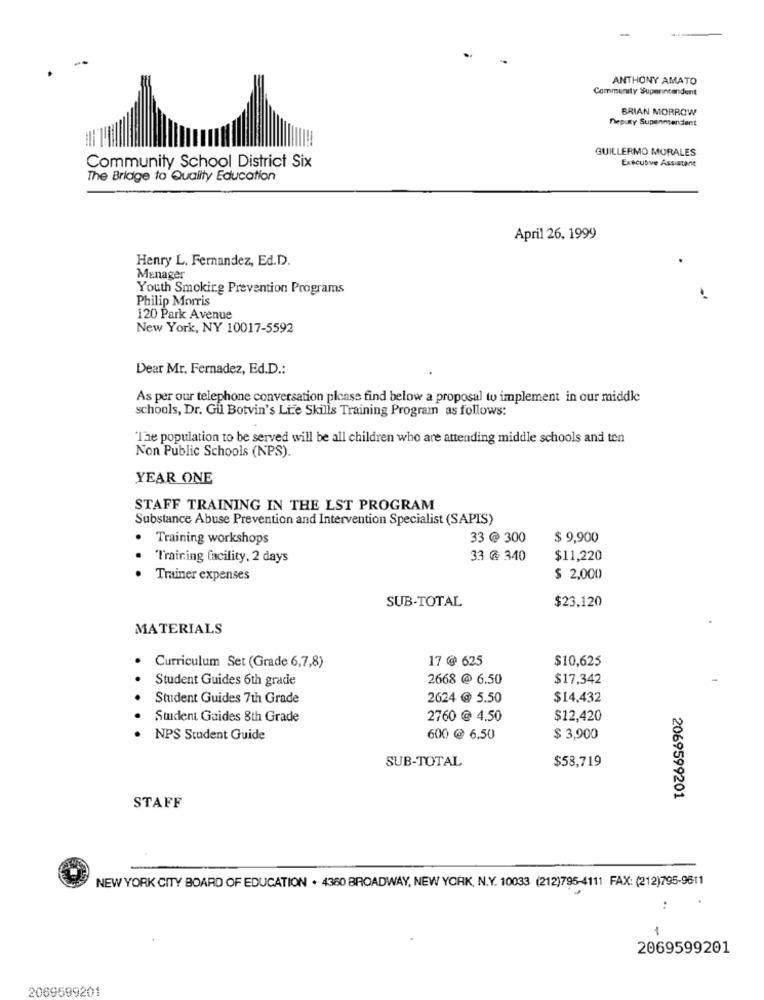
ANTHONY AMATO
Community Superintendent
BRIAN MORROW
Deputy Supennendient
GUILLERMO MORALES
Executive Assistant
Community School District Six
The Bridge to Quality Education
April 26, 1999
Henry L. Fernandez, Ed.D.
Manager
Youth Smoking Prevention Programs
Philip Morris
120 Park Avenue
New York, NY 10017-5592
Dear Mr. Fernadez, Ed.D .:
As per our telephone conversation please find below a proposal to implement in our middle
schools, Dr. Gil Botvin's Life Skills Training Program as follows:
The population to be served will be all children who are attending middle schools and ten
Non Public Schools (NPS).
YEAR ONE
STAFF TRAINING IN THE LST PROGRAM
Substance Abuse Prevention and Intervention Specialist (SAPIS)
Training workshops
33 @ 300
$ 9,900
Training facility, 2 days
33 @ 340
$11,220
.. .
Trainer expenses
$ 2,000
SUB-TOTAL
$23.120
MATERIALS
17 @ 625
$10,625
Curriculum Set (Grade 6,7,8)
Student Guides 6th grade
2668 @ 6.50
$17,342
Student Guides 7th Grade
2624 @ 5.50
$14,432
Student Guides 8th Grade
2760 @ 4.50
$12,420
NPS Student Guide
600 @ 6.50
$ 3,900
SUB-TOTAL
$53,719
2069599201
STAFF
NEW YORK CITY BOARD OF EDUCATION . 4360 BROADWAY, NEW YORK, N.Y. 10033 (212)795-4111 FAX: (212)795-9611
:
2069599201
2069599201